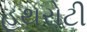
હથરોટી